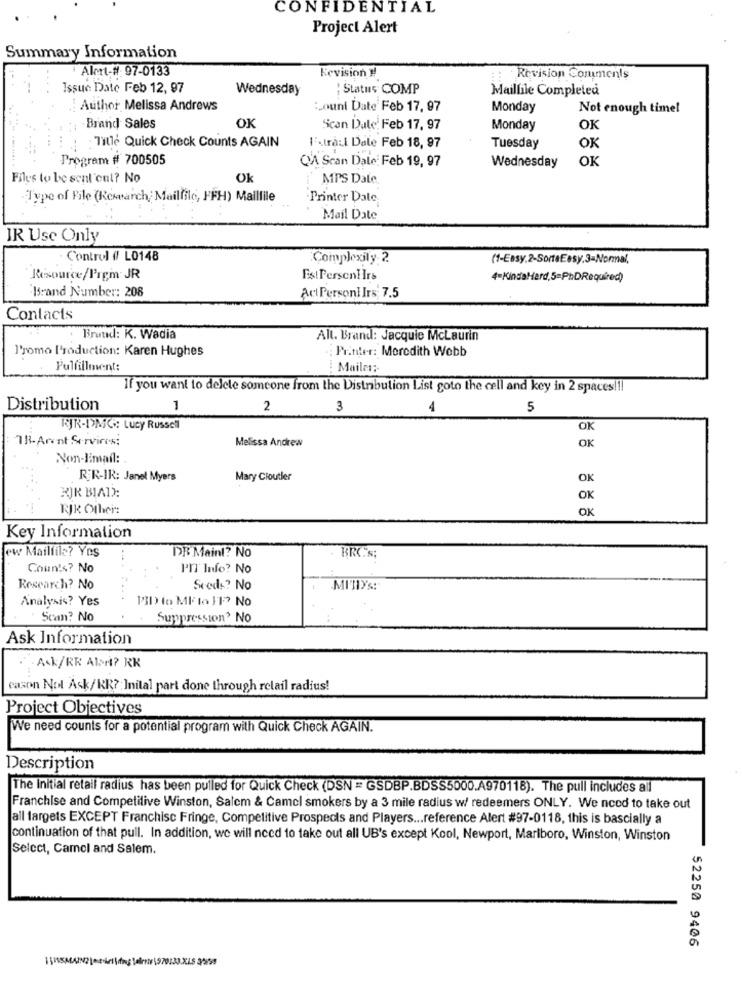
CONFIDENTIAL
Project Alert
Summary Information
Alert-# 97-0133
Kevision !!
Revision Comments
Issue Date Feb 12, 97
Wednesday
Status COMP
Mailfile Completed
Author Melissa Andrews
Louni Date Feb 17, 97
Monday
Not enough time!
Brand Sales
OK
Scan Date: Feb 17, 97
Monday
OK
: Title Quick Check Counts AGAIN
IF.trail Dale Feb 18, 97
Tuesday
OK
Program # 700505
QA Scan Date: Feb 19, 97
OK
Wednesday
Files to be senl'eut? No
Ok
MPS Date
Type of File (Research, Mailfilo, FFH) Maillile
Printer Date
Mail Date
IR Use Only
- Control (/ L0148
Complexity 2
(1-Easy,2-SorteEasy.3=Normal,
Resource/Prem JR
EstPersent Irs
4=KindaHard,5=PhDRequired)
Brand Number: 208
Act PersonI Irs 7.5
Contacts
Brand: K. Wadia
All. Brand: Jacquie McLaurin
l'romo l'roduction: Karen Hughes
Printer: Moredith Webb
Fulfillment:
Mailen:
If you want to delete someone from the Distribution List goto the cell and key in 2 spaces !!!
Distribution
1
2
3
1
5
RJR-DMG: Lucy Russell
OK
TR-Arent Servires;
Melissa Andrew
OK
Non-limail:
RER-IR: Janet Myers
Mary Cloutler
OK
BIR BIAD:
OK
RJK Other:
OK
Key Information
ew Mailfils? Yes
DR Maint? No
BRC's;
Coun's? No
PIT Info? No
Research? No
Seeds? No
MITIY'S:
Analysis? Yes
PID to ME to 11 :? No
Scan? No
Suppression' No
Ask Information
Ack/RR AlsM? RK
cason Nol Ask/KR ?: Inital part done through retail radius!
Project Objectives
We need counts for a potential program with Quick Check AGAIN.
Description
The Initial retail radius has been pulled for Quick Check (DSN = GSDBP.BDSS5000.A970118). The pull includes all
Franchise and Competitive Winston, Salem & Camel smokers by a 3 mile radius w/ redeemers ONLY. We need to take out
all targets EXCEPT Franchisc Fringe, Competitive Prospects and Players ... reference Alert #97-0118, this is bascially a
continuation of that pull. In addition, we will need to take out all UB's except Kool, Newport, Marlboro, Winston, Winston
Select, Camel and Salem.
52250 9406
1 545MAIN2 (medel \dos Beinte 1970130 XLS 30/98